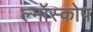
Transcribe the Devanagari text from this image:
ल्मॉस्कोप